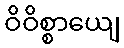
ဝိဝိစ္စာယျေ